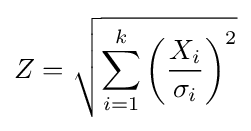
Z={\sqrt {\sum _{i=1}^{k}\left({\frac {X_{i}}{\sigma _{i}}}\right)^{2}}}